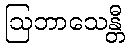
ဩဘာသေန္တီ